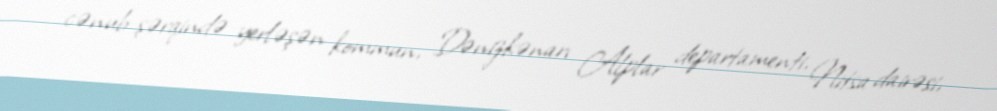
cənub-şərqində yerləşən kommun, Dənizkənarı Alplar departamenti, Nitsa dairəsi,